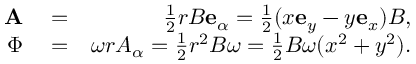
\begin{array} { r l r } { \mathbf { A } } & { { } = } & { \frac { 1 } { 2 } r B \mathbf { e } _ { \alpha } = \frac { 1 } { 2 } ( x \mathbf { e } _ { y } - y \mathbf { e } _ { x } ) B , } \\ { \Phi } & { { } = } & { \omega r A _ { \alpha } = \frac { 1 } { 2 } r ^ { 2 } B \omega = \frac { 1 } { 2 } B \omega ( x ^ { 2 } + y ^ { 2 } ) . } \end{array}